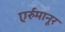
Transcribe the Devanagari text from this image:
एर्रुमानूर